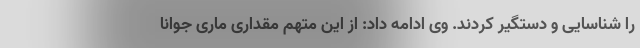
را شناسایی و دستگیر کردند. وی ادامه داد: از این متهم مقداری ماری جوانا